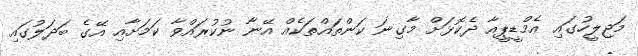
މަޖިލީހުގައި އެމްޑީޕީއާ ދެކޮޅަށް މާގިނަ ކަންތައްތަކެއް އޭނާ ނުކުރައްވާ ކަމަށާއި އޭގެ ބަދަލުގައި